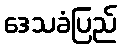
ဒေသခံပြည်